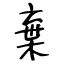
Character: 棄